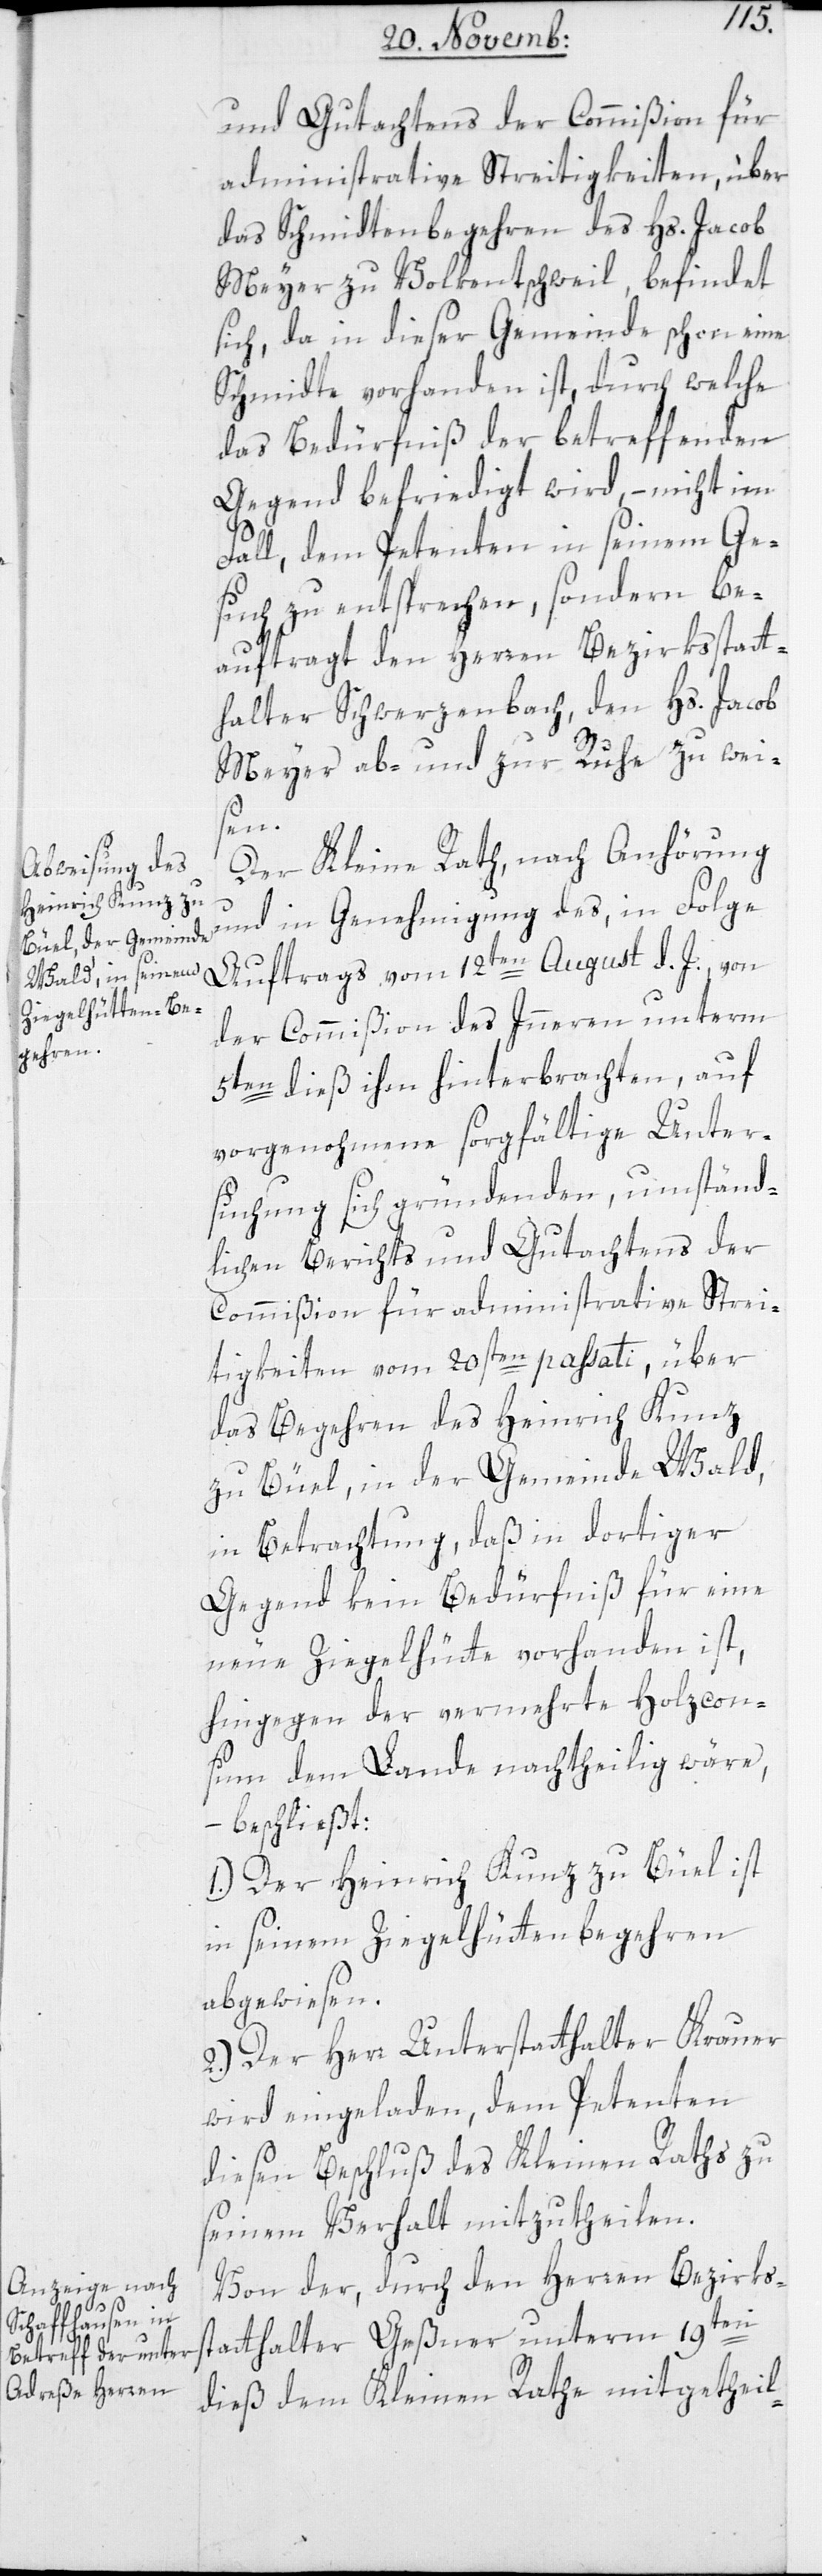
und Gutachtens der Commißion für
administrative Streitigkeiten, über
das Schmidtenbegehren des Hs. Jacob
Meyer zu Volkentschweil, befindet
sich, da in dieser Gemeinde schon eine
Schmidte vorhanden ist, durch welche
das Bedürfniß der betreffenden
Gegend befriedigt wird, – nicht im
Fall, dem Petenten in seinem Ge¬
such zu entsprechen, sondern be¬
auftragt den Herren Bezirksstatt¬
halter Schwerzenbach, den Hs. Jacob
Meyer ab- und zur Ruhe zu wei¬
sen.
Der Kleine Rath nach Anhörung
und in Genehmigung des in Folge
Auftrags vom 12ten August d. J. von
der Commißion des Inneren unterm
5ten dieß ihm hinterbrachten, auf
vorgenohmene sorgfältige Unter¬
suchung sich gründenden, umständ¬
lichen Berichts und Gutachtens der
Commißion für administrative Strei¬
tigkeiten vom 20sten passati, über
das Begehren des Heinrich Kunz
zu Büel, in der Gemeinde Wald,
in Betrachtung, daß in dortiger
Gegend kein Bedürfniß für eine
neue Ziegelhütte vorhanden ist,
hingegen der vermehrte Holzcon¬
sum dem Lande nachtheilig wäre,
– beschließt:
1.) Der Heinrich Kunz zu Büel ist
in seinem Ziegelhüttenbegehren
abgewiesen.
2.) Der Herr Unterstatthalter Krauer
wird eingeladen, dem Petenten
diesen Beschluß des Kleinen Raths zu
seinem Verhalt mitzutheilen.
Von der, durch den Herren Bezirks¬
statthalter Geßner unterm 19ten
dieß dem Kleinen Rathe mitgetheil-